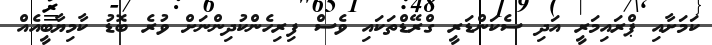
ކަމަށާއި ޕްރައިމަރީ އަދި ސެކަންޑަރީ ގްރޭޑްތަކައި ވެސް ފިރިހެންކުދިންނަށް ވުރެ ބޮޑު ކާމިޔާބީއެއް